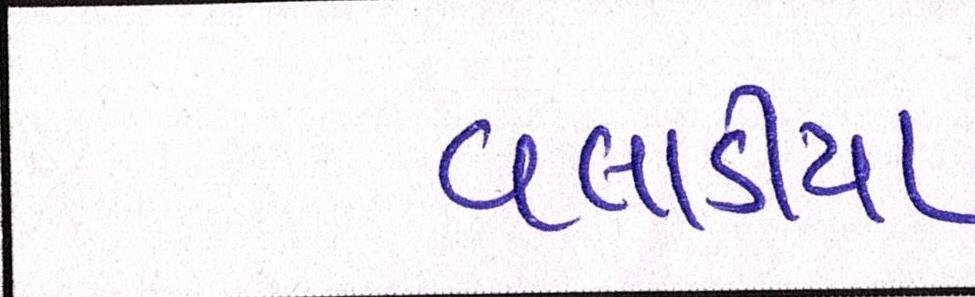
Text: વલાડીયા